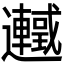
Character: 𬩰